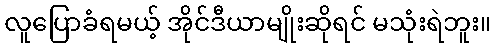
လူပြောခံရမယ့် အိုင်ဒီယာမျိုးဆိုရင် မသုံးရဲဘူး။